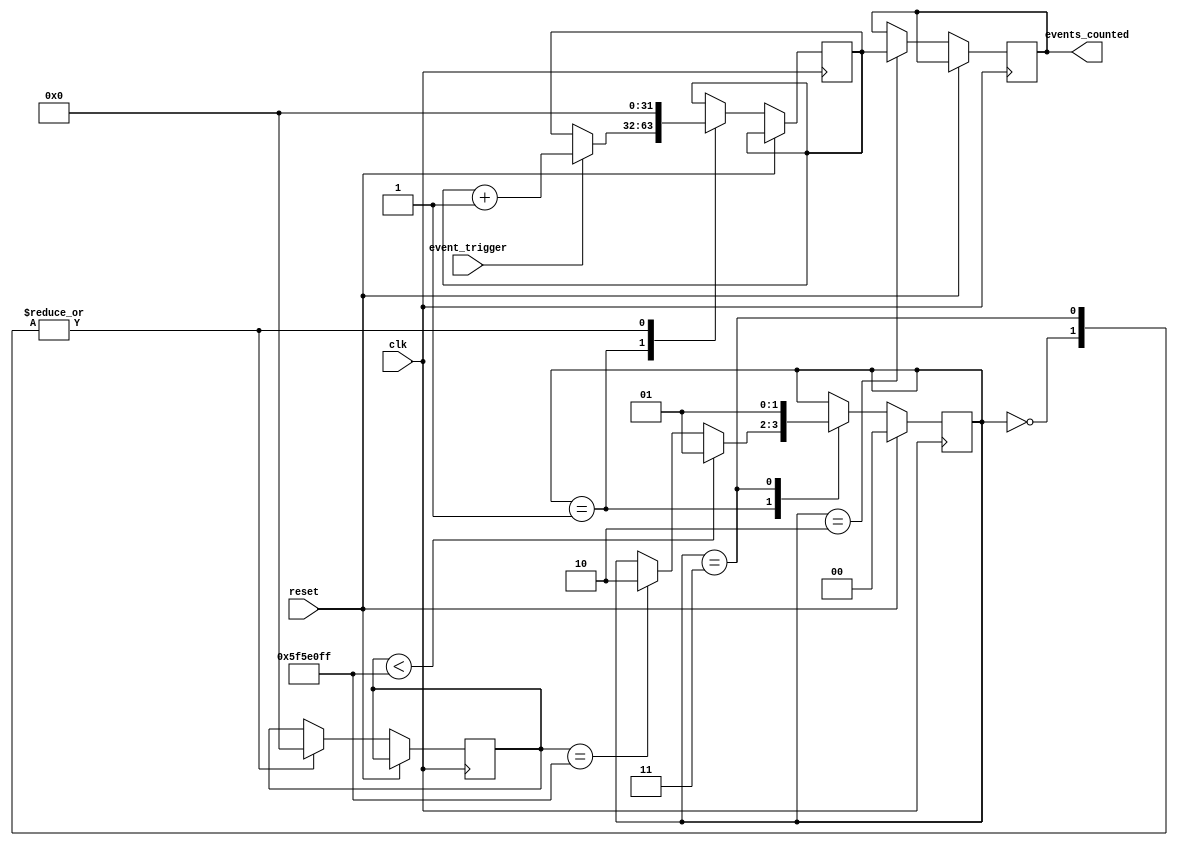
`timescale 1ns / 1ps
//////////////////////////////////////////////////////////////////////////////////
// Company: 
// Engineer: 
// 
// Design Name: 
// Module Name: SyncEventCounterV1
// Project Name: 
// Target Devices: 
// Tool Versions: 
// Description: 
// The project from section 5.3.2. 
// Dependencies: 
// 
// Revision:
// Revision 0.01 - File Created
// Additional Comments:
// 
//////////////////////////////////////////////////////////////////////////////////


module SyncEventCounterV1(
    input clk,
    input event_trigger,
    input reset,
    output reg [31:0] events_counted
    );
    
        // ----- Begin copy of Language Template.
        // Taken from: Verilog/Synthesis Constructs/Coding Examples/State Machines/Moore/Binary (parameter)/Fast/4 States
       parameter STARTUP = 2'b00;
       parameter COUNTING = 2'b01;
       parameter STORE_COUNTS = 2'b10;
       parameter RESET_COUNTERS = 2'b11;
       
       parameter CLOCK_FREQUENCY = 100_000_000; // 100 MHz
       
       reg [1:0] state = STARTUP;
    
       reg [31:0] clock_cycles; // n
       reg [31:0] events_running_total;
     
       reg data_ready;
    
       always @(posedge clk)
          if (reset) begin
             state <= STARTUP;
          end
          else
             case (state)
                STARTUP : begin
                   clock_cycles <= 0;
                   events_running_total <= 0;
                   data_ready <= 0;
                end
                COUNTING : begin
                // The concept of t_ref here is poorly explained in the book.
                   if (clock_cycles < CLOCK_FREQUENCY -1)
                   begin
                      state <= COUNTING;
                   end
                   
                   else if (clock_cycles == CLOCK_FREQUENCY-1)
                   begin
                      state <= STORE_COUNTS;
                   end
                      
                   if (event_trigger)
                   begin 
                      events_running_total <= events_running_total + 1;
                   end
                      
                   

                end
                STORE_COUNTS : begin
                   
                   events_counted <= events_running_total;

                end
                RESET_COUNTERS : begin
                   state <= COUNTING;
                   clock_cycles <= 0;
                   events_running_total <= 0;
                   events_counted <= events_counted;
                   data_ready <= 1'b1;
                end
             endcase
                                
                             
         // End copy of Language Template.   
    
endmodule